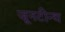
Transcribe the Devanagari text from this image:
जूनटीन्थ